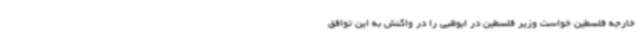
خارجه فلسطین خواست وزیر فلسطین در ابوظبی را در واکنش به این توافق